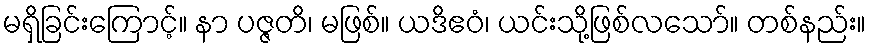
မရှိခြင်းကြောင့်။ နာ ပဇ္ဇတိ၊ မဖြစ်။ ယဒိဧဝံ၊ ယင်းသို့ဖြစ်လသော်။ တစ်နည်း။